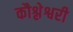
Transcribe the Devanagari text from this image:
कौश्लेश्वरी